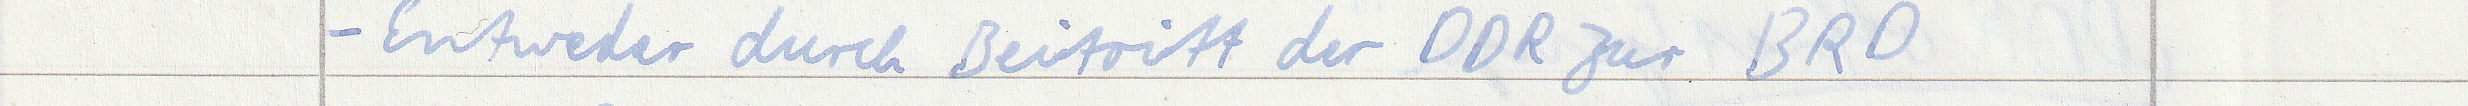
- Entweder durch Beitritt der DDR zur BRD